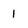
Character: 1